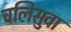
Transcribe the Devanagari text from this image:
चलिसुवा